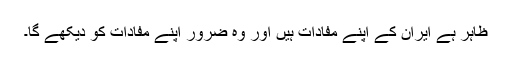
ظاہر ہے ایران کے اپنے مفادات ہیں اور وہ ضرور اپنے مفادات کو دیکھے گا۔